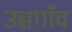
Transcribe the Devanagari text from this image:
उच्चगाँव